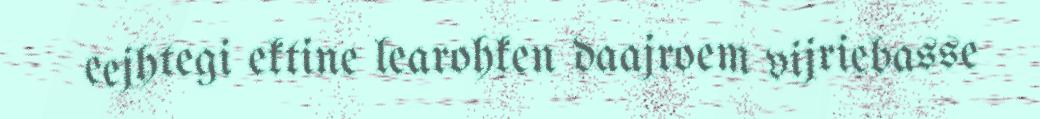
eejhtegi ektine learohken daajroem vijriebasse